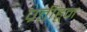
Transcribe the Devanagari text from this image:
प्रतींहून